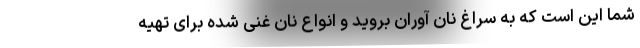
شما این است که به سراغ نان آوران بروید و انواع نان غنی شده برای تهیه